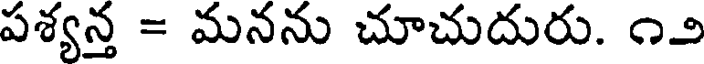
పశ్యన్త = మనను చూచుదురు. ౧౨